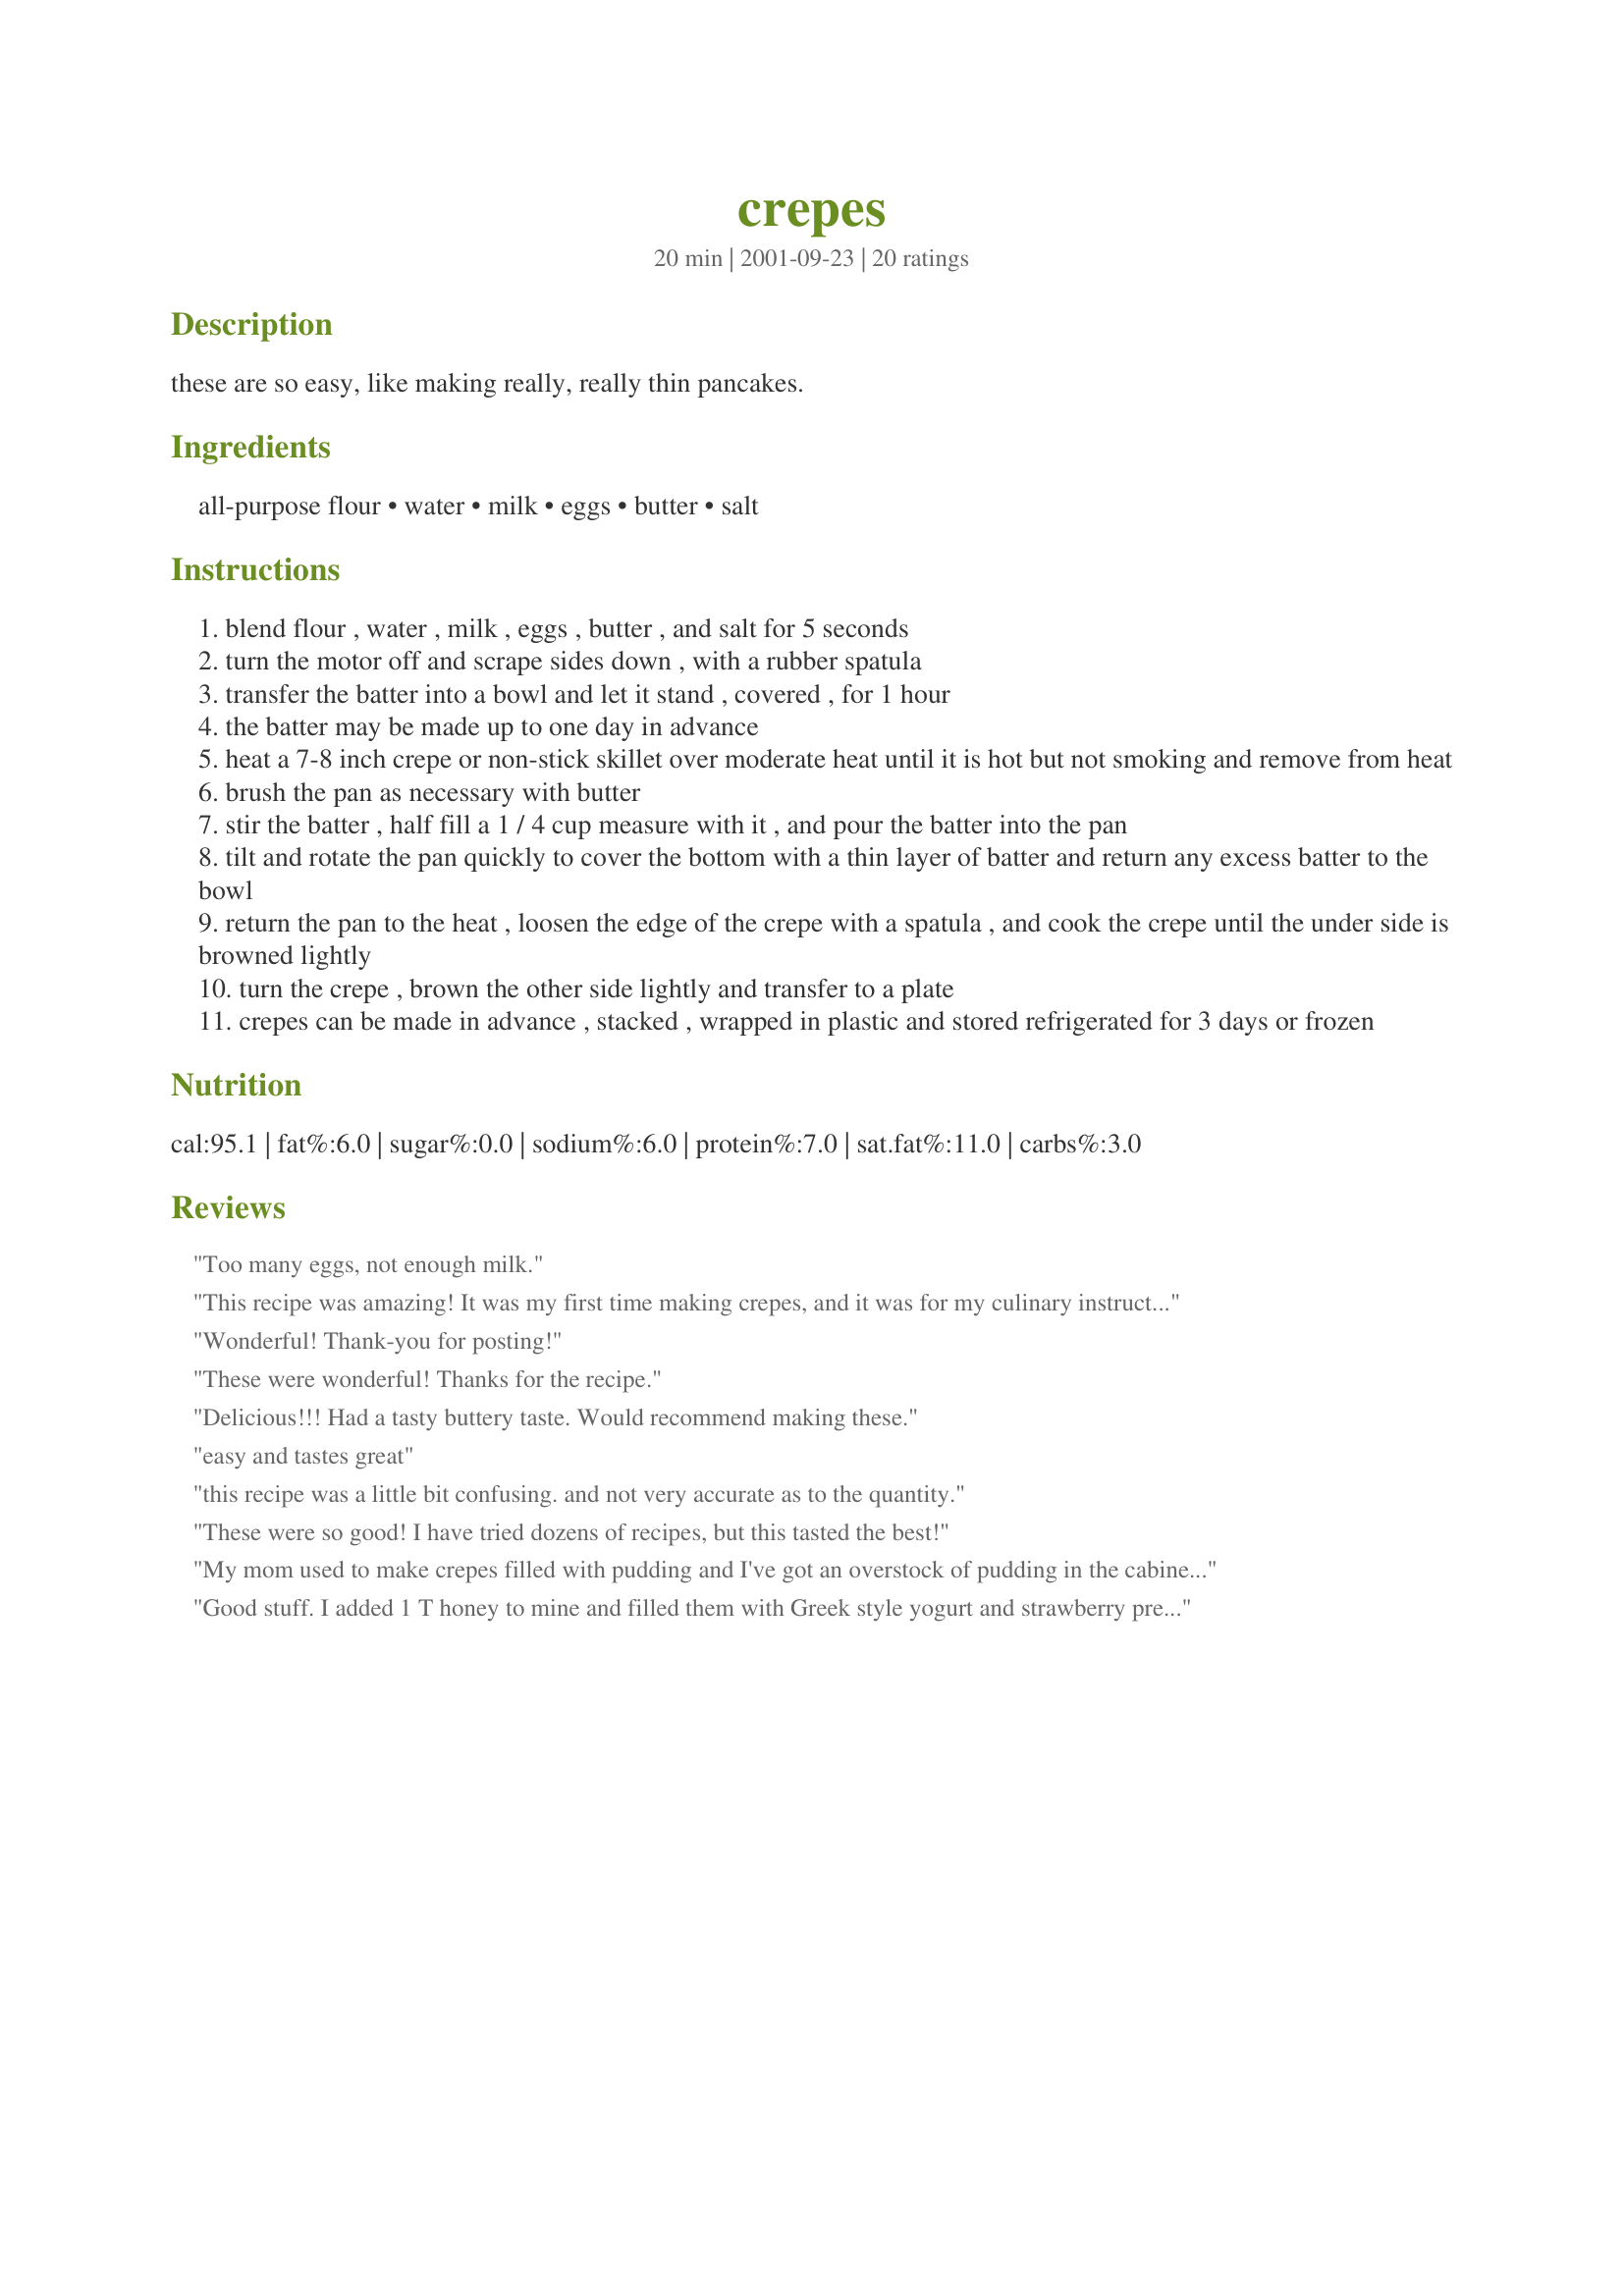
crepes
Preparation time: 20 minutes

these are so easy, like making really, really thin pancakes.

Ingredients:
all-purpose flour, water, milk, eggs, butter, salt

Steps:
blend flour , water , milk , eggs , butter , and salt for 5 seconds
turn the motor off and scrape sides down , with a rubber spatula
transfer the batter into a bowl and let it stand , covered , for 1 hour
the batter may be made up to one day in advance
heat a 7-8 inch crepe or non-stick skillet over moderate heat until it is hot but not smoking and remove from heat
brush the pan as necessary with butter
stir the batter , half fill a 1 / 4 cup measure with it , and pour the batter into the pan
tilt and rotate the pan quickly to cover the bottom with a thin layer of batter and return any excess batter to the bowl
return the pan to the heat , loosen the edge of the crepe with a spatula , and cook the crepe until the under side is browned lightly
turn the crepe , brown the other side lightly and transfer to a plate
crepes can be made in advance , stacked , wrapped in plastic and stored refrigerated for 3 days or frozen

Reviews:
Too many eggs, not enough milk.
This recipe was amazing! It was my first time making crepes, and it was for my culinary instructor to grade, and they came out amazing! I filled them with whipped topping mixed with diced kiwi, and he loved it!
Delicious~
Wonderful! Thank-you for posting!
These were wonderful! Thanks for the recipe.
Delicious!!! Had a tasty buttery taste. Would recommend making these.
easy and tastes great
this recipe was a little bit confusing. and not very accurate as to the quantity.
These were so good! I have tried dozens of recipes, but this tasted the best!
My mom used to make crepes filled with pudding and I've got an overstock of pudding in the cabinet so I'm gonna try these. Thanks so much for posting!
Good stuff. I added 1 T honey to mine and filled them with Greek style yogurt and strawberry preserves. Next time will add almond extract and slivered toasted almonds too. Thanks for the recipe!
These were my first crepes, and they came out perfectly. I made the whole batch and froze half, with layers of waxed paper in between. My first recipe was a dinner crepe, with spinach, mushrooms, turkey bacon and cheese - excellent! This morning, I used the crepes, from the freezer, and made a delicious mixed berry sauce with cream cheese filling. These crepes work well with both sweet and savory dishes. Great to freeze and have on hand for a quick meal or dessert!
This was really easy to make and I had never made crepes b-4 and they came out perfect and the recipe was easy to fallow and more understandable for first timers so thank you very much
Made these for my mother's birthday breakfast. She's very fussy and loved them. They were good.
easy and a big hit. I added a bit of cheddar to them.. Also, pour in the liquid ingredients into the blender first so the flour doesn't clump up at the bottom
My first ever crepes -I followed recipe to the letter - absolutely magic result -wafer thin crepes . I couldn't believe how easy it was to make what I consider the perfect crepe. Thank you for sharing!
They were okay, I had to add extra milk to thin it out. I perfer a recipe with more milk
I didn't have an hour to wait, so the batter only sat for 15 min. They still turned out great. My boys devoured these - I filled them with strawberry yogurt, bananas, and granola.
this has become our standard recipe for crepes. yummy1 thanks!
I had never made crepes before and was always scared to try making them due to them being more delicate than pancakes but I found this recipe to be quite easy to preform. I did not let the batter stand very long as this was a spur of the moment idea and the consistency of the crepes came out a little on the thick side, like tortillas instead of paper thin like I'm accustomed to perhaps this was due to the pan being too hot and not being able to spread them thin enough-quick enough. I was a little confused as to what the heated butter was for and the 2 tablespoons of water. I just used the melted butter on my pan but I never could figure out at what point the 2 tablespoons of water came into play. I made these for myself and and my son and we both enjoyed them. I filled his with strawberry filling and place some strawberries ontop with whipped cream and he devoured it. Thanks for the recipe! Practice makes perfect and I will continue to try and perfect my technique!
These are really good and very easy to make.
